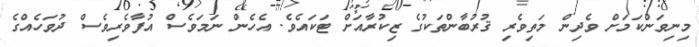
މިނިވަންކަމަށް ވެދިން މަތިވެރި ޤުރުބާންތަކުގެ ޒިކުރާއަށް ޓަކައެވެ. އެހެން ނަމަވެސް އުފާވެރިވެސް ދުވަހެއްގެ